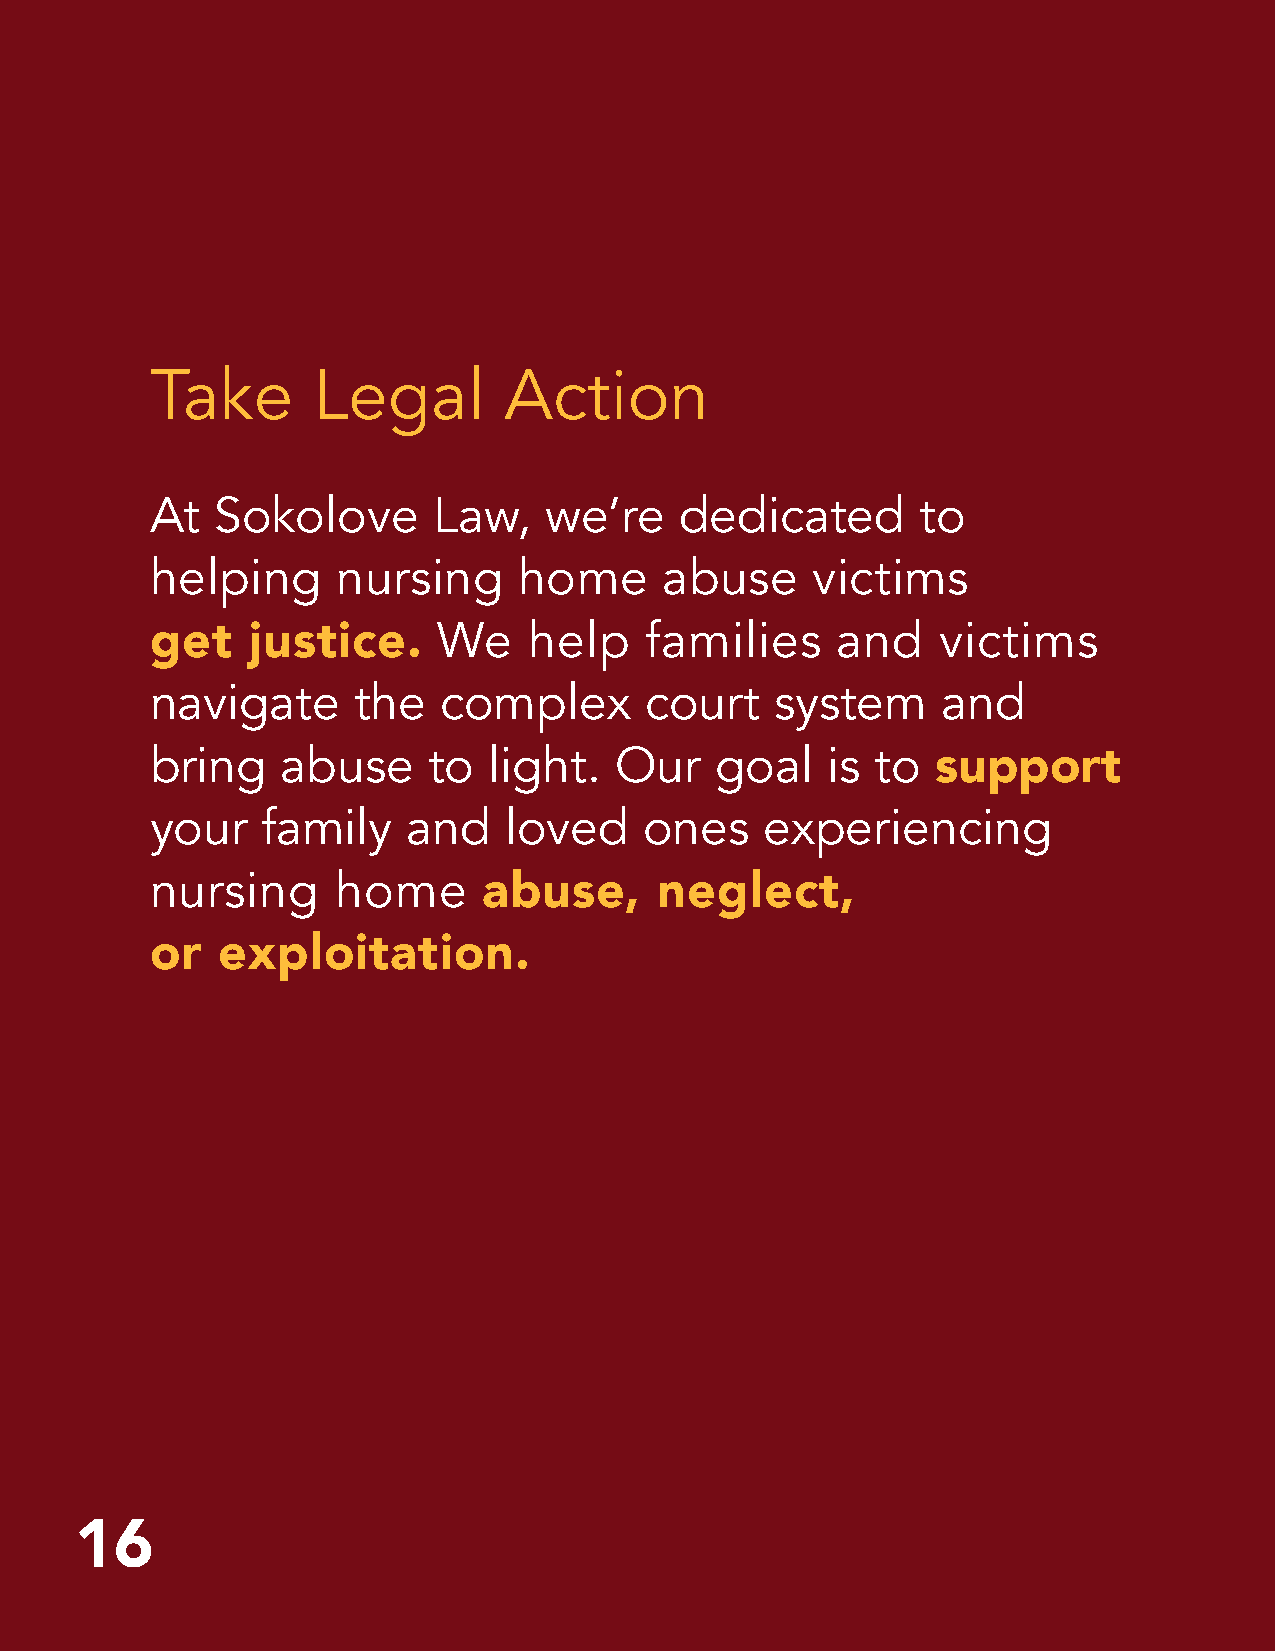
Take       Legal       Action
 At  Sokolove       Law,   we’re    dedicated       to
 helping     nursing     home      abuse     victims
 We    help    families    and    victims
 get    justice.
 navigate     the   complex       court   system     and
 bring    abuse    to  light.   Our   goal    is to
 support
 your   family    and   loved     ones    experiencing
 nursing     home
 abuse,     neglect,
 or  exploitation.
 1166    GET HELP  WITH A FREE  CONSULTATION
 Call Sokolove Law at 877-490-9162 or visit us at sokolovelaw.com